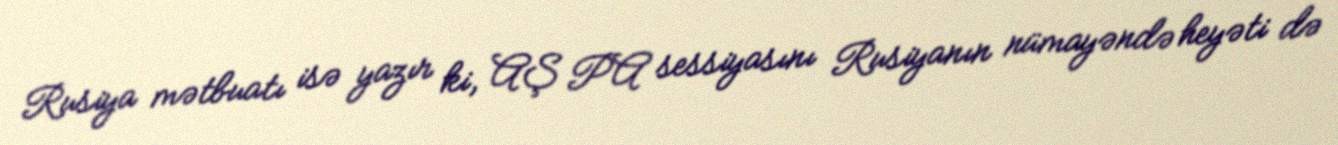
Rusiya mətbuatı isə yazır ki, AŞ PA sessiyasını Rusiyanın nümayəndə heyəti də